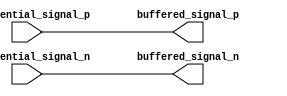
module io_differential_buffer (
    input wire differential_signal_p,
    input wire differential_signal_n,
    output reg buffered_signal_p,
    output reg buffered_signal_n
);

// Level shifting
wire buffered_signal_p_int;
wire buffered_signal_n_int;

assign buffered_signal_p_int = differential_signal_p;
assign buffered_signal_n_int = differential_signal_n;

// Amplification
assign buffered_signal_p = buffered_signal_p_int;
assign buffered_signal_n = buffered_signal_n_int;

endmodule